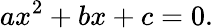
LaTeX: ax^{2}+bx+c=0.